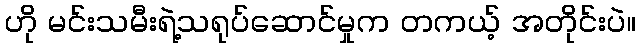
ဟို မင်းသမီးရဲ့သရုပ်ဆောင်မှုက တကယ့် အတိုင်းပဲ။